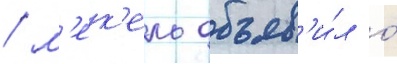
/ м'ек'ель объяв'и́л о́